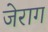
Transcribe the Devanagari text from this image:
जेराग